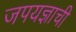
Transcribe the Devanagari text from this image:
जपयज्ञाची